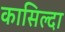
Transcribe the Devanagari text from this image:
कासिल्दा